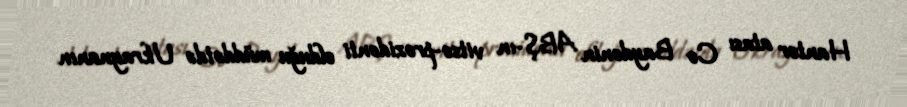
Hanter atası Co Baydenin ABŞ-ın vitse-prezidenti olduğu müddətdə Ukraynanın